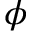
\phi